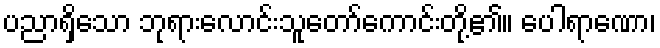
ပညာရှိသော ဘုရားလောင်းသူတော်ကောင်းတို့၏။ ပေါရာဏော၊